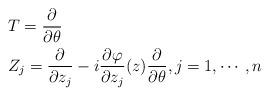
LaTeX: \begin{align*} &T=\frac{\partial}{\partial\theta} \\&Z_j=\frac{\partial}{\partial z_j}-i\frac{\partial\varphi}{\partial z_j}(z)\frac{\partial}{\partial\theta}, j=1,\cdots,n\end{align*}